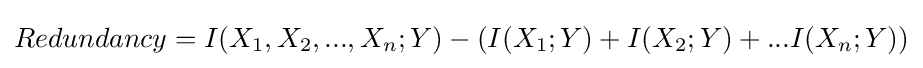
Redundancy=I(X_{1},X_{2},...,X_{n};Y)-\left(I(X_{1};Y)+I(X_{2};Y)+...I(X_{n};Y)\right)